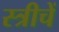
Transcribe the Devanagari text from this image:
स्त्रीचें